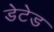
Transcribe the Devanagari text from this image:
डेटेड